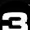
Digit: 3